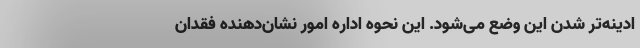
ادینه‌تر شدن این وضع می‌شود. این نحوه اداره امور نشان‌دهنده فقدان